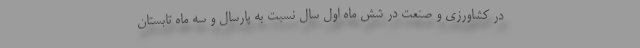
در کشاورزی و صنعت در شش ماه اول سال نسبت به پارسال و سه ماه تابستان